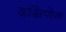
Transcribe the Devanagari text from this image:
दक्षिणेन